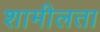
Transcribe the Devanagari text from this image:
शामीलता